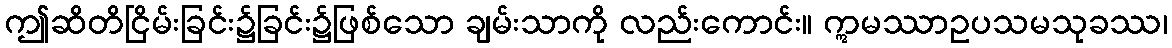
ဤဆိတိငြိမ်းခြင်း၌ခြင်း၌ဖြစ်သော ချမ်းသာကို လည်းကောင်း။ ဣမဿာဥပသမသုခဿ၊